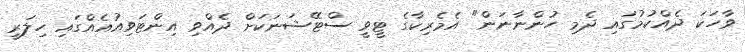
ވާހަކަ ދެއްކުމުގައި ދެމި ހުންނާނަން" އެމެރިކާގެ ޓީވީ ސްޓޭޝަނަކަށް ދެއްވި އިންޓަވިއުއެއްގައި ހިލަރީ